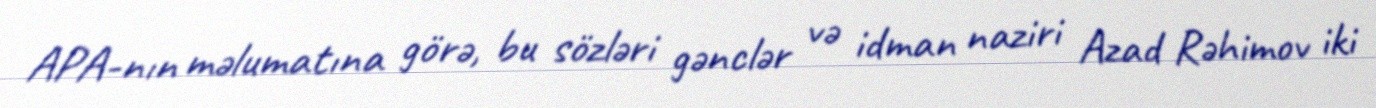
APA-nın mәlumatına görә, bu sözlәri gәnclәr vә idman naziri Azad Rәhimov iki